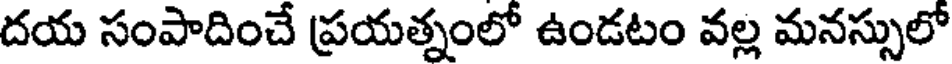
దయ సంపాదించే ప్రయత్నంలో ఉండటం వల్ల మనస్సులో